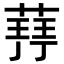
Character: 𮐥